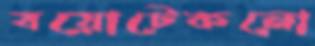
বয়োটেকনো